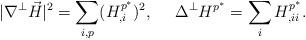
LaTeX: \begin{align*}|\nabla^{\perp}\vec H|^2=\sum_{i,p }(H^{p^{\ast}}_{,i})^2,\ \ \ \ \Delta^\perp H^{p^{\ast}}=\sum_i H^{p^{\ast}}_{,ii}.\end{align*}